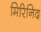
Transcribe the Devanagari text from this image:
मिरिनिद